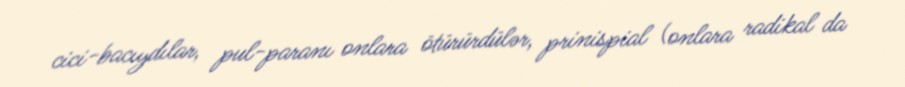
cici-bacıydılar, pul-paranı onlara ötürürdülər, prinispial (onlara radikal da